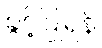
ခွင့်ပြုရန်